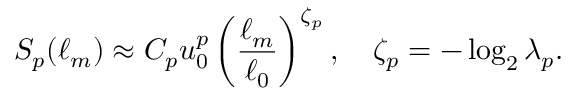
S _ { p } ( \ell _ { m } ) \approx C _ { p } u _ { 0 } ^ { p } \left( \frac { \ell _ { m } } { \ell _ { 0 } } \right) ^ { \zeta _ { p } } , \quad \zeta _ { p } = - \log _ { 2 } \lambda _ { p } .